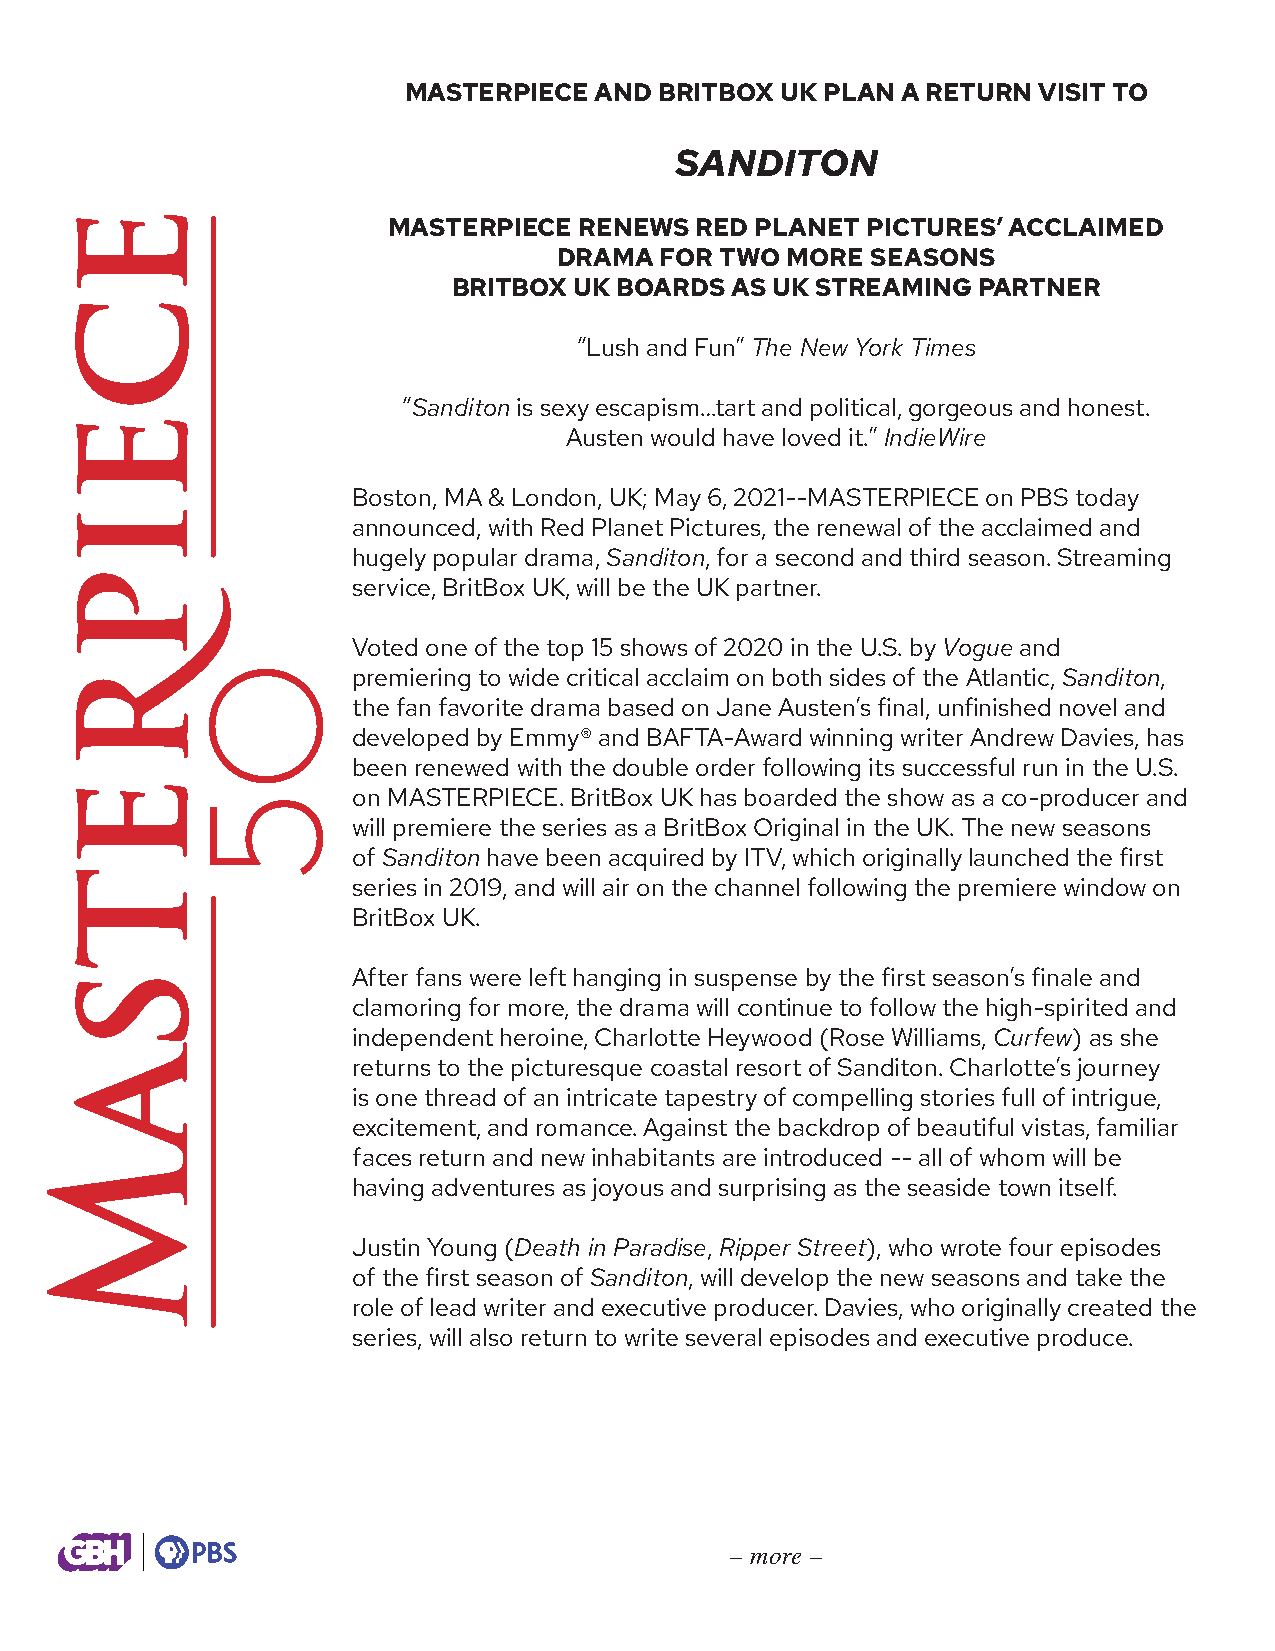
MASTERPIECE AND  BRITBOX UK PLAN A RETURN VISIT TO
 SANDITON
 MASTERPIECE RENEWS  RED PLANET PICTURES’ ACCLAIMED
 DRAMA  FOR TWO MORE  SEASONS
 BRITBOX UK BOARDS AS UK STREAMING  PARTNER
 “Lush and Fun” The New York Times
 “Sanditon is sexy escapism…tart and political, gorgeous and honest.
 Austen would have loved it.” IndieWire
 Boston, MA & London, UK; May 6, 2021--MASTERPIECE on PBS today
 announced, with Red Planet Pictures, the renewal of the acclaimed and
 hugely popular drama, Sanditon, for a second and third season. Streaming
 service, BritBox UK, will be the UK partner.
 Voted one of the top 15 shows of 2020 in the U.S. by Vogue and
 premiering to wide critical acclaim on both sides of the Atlantic, Sanditon,
 the fan favorite drama based on Jane Austen’s final, unfinished novel and
 developed by Emmy® and BAFTA-Award winning writer Andrew Davies, has
 been renewed with the double order following its successful run in the U.S.
 on MASTERPIECE. BritBox UK has boarded the show as a co-producer and
 will premiere the series as a BritBox Original in the UK. The new seasons
 of Sanditon have been acquired by ITV, which originally launched the first
 series in 2019, and will air on the channel following the premiere window on
 BritBox UK.
 After fans were left hanging in suspense by the first season’s finale and
 clamoring for more, the drama will continue to follow the high-spirited and
 independent heroine, Charlotte Heywood (Rose Williams, Curfew) as she
 returns to the picturesque coastal resort of Sanditon. Charlotte’s journey
 is one thread of an intricate tapestry of compelling stories full of intrigue,
 excitement, and romance. Against the backdrop of beautiful vistas, familiar
 faces return and new inhabitants are introduced -- all of whom will be
 having adventures as joyous and surprising as the seaside town itself.
 Justin Young (Death in Paradise, Ripper Street), who wrote four episodes
 of the first season of Sanditon, will develop the new seasons and take the
 role of lead writer and executive producer. Davies, who originally created the
 series, will also return to write several episodes and executive produce.
 – more –